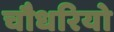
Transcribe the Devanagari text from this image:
चौधरियो